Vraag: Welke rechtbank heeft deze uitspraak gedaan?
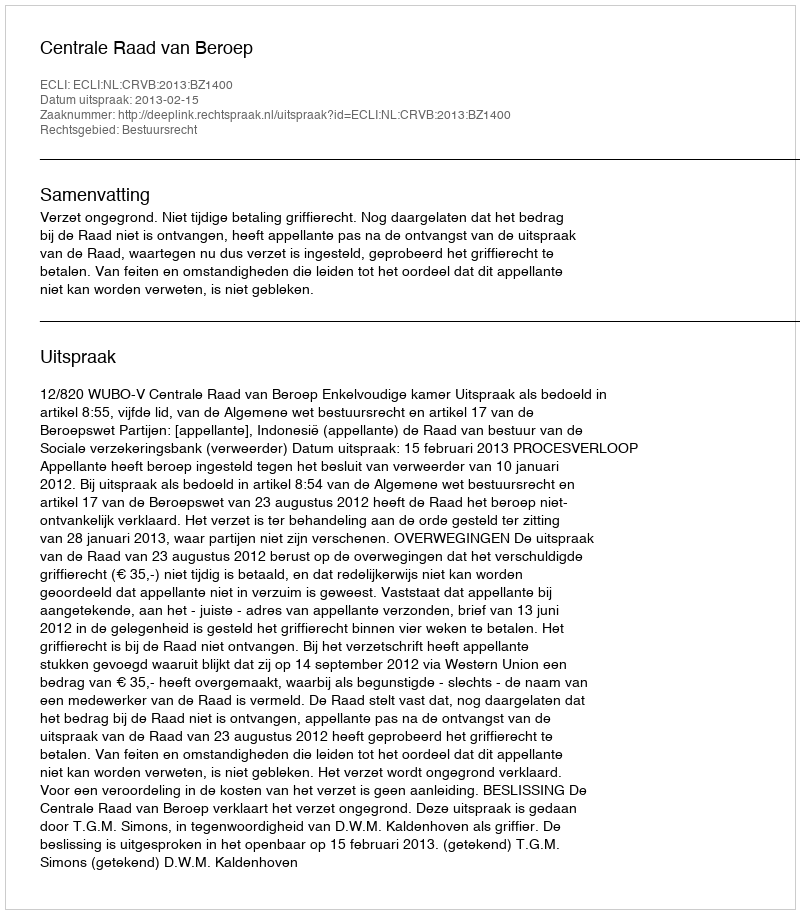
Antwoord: Centrale Raad van Beroep